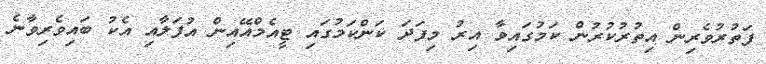
ފަތުރުވެރިން އިތުރުކުރުން ކަމުގައިވާ އިރު މިފަދަ ކަންކަމުގައި ޓީއެމްއޭއިން އުފަލާއި އެކު ބައިވެރިވާނެ